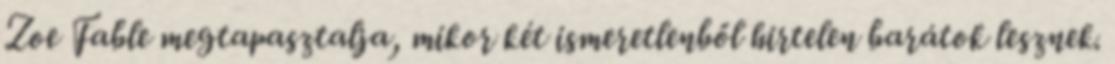
Zoe Fable megtapasztalja, mikor két ismeretlenből hirtelen barátok lesznek.